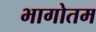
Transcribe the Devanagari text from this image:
भागोतम